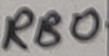
Text: RB0